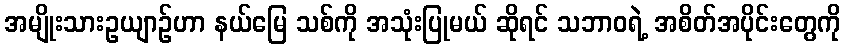
အမျိုးသားဥယျာဉ်ဟာ နယ်မြေ သစ်ကို အသုံးပြုမယ် ဆိုရင် သဘာဝရဲ့ အစိတ်အပိုင်းတွေကို